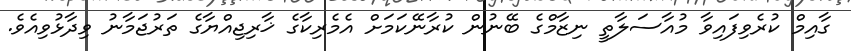
ގާއިމް ކުރެވިފައިވާ މުއާސަލާތީ ނިޒާމްގެ ބޭނުން ކުރާނޭކަމަށް އެމެރިކާގެ ޚާރިޖިއްޔާގެ ތަރުޖަމާނު ވިދާޅުވިއެވެ.